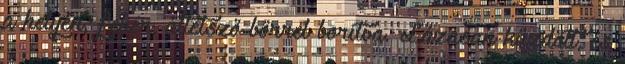
a helyén, fehér, áttetsző bőrrel borítva. Lázasan küzdött, és